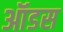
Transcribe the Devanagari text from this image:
ऑडस